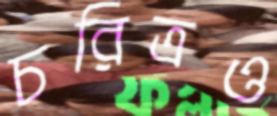
চরিত্রও